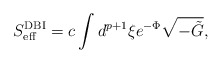
\begin{align*}S_{\rm eff}^{\rm DBI}=c\int d^{p+1}\xi e^{-\Phi}\sqrt{-\tilde{G}},\end{align*}